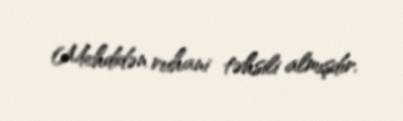
Mehdidən ruhani təhsili almışdır.